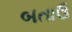
બતાઉ